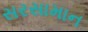
સરસામાન